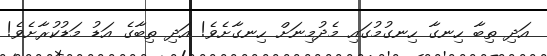
އަދި ތިބާ ހިނގާ ހިނގުމުގައި މެދުމިނަށް ހިނގާށެވެ! އަދި ތިބާގެ އަޑު މަޑުކުރާށެވެ!